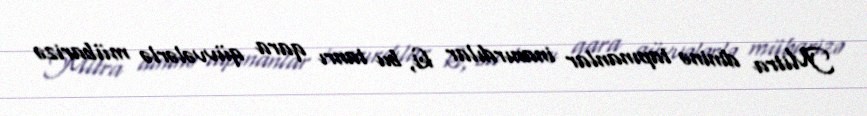
Mitra dininə tapınanlar inanırdılar ki, bu tanrı qara qüvvələrlə mübarizə